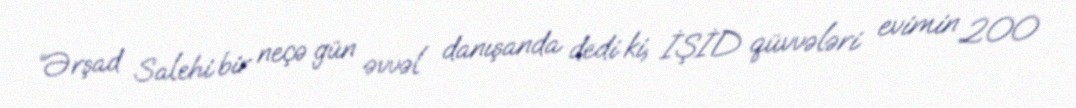
“Ərşad Salehi bir neçə gün əvvəl danışanda dedi ki, İŞİD qüvvələri evimin 200